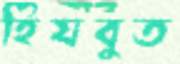
হিযবুত